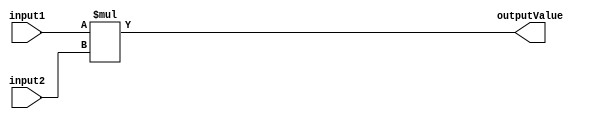
module CommonMultiplier #(parameter DATA_WIDTH = 4) (
    input [DATA_WIDTH -1: 0] input1,
    input [DATA_WIDTH -1: 0] input2,
    output [DATA_WIDTH*2 -1: 0] outputValue
    );

   assign outputValue = input1 * input2;

endmodule